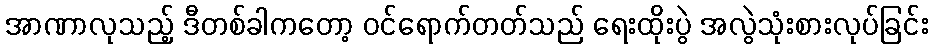
အာဏာလုသည့် ဒီတစ်ခါကတော့ ဝင်ရောက်တတ်သည် ရေးထိုးပွဲ အလွဲသုံးစားလုပ်ခြင်း